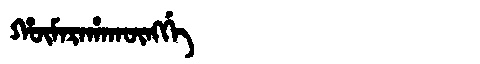
Manchu: ᡥᡡᠮᠠᡵᠠᡥᠠᡴᡡᠩᡤᡝ
Romanization: HŪMARAHAKŪNGGE